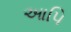
આપિ